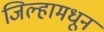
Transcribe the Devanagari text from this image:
जिल्हामधून